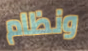
ونظام